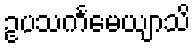
ဥပသင်္ကမေယျာသိ